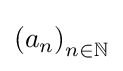
\left(a_{n}\right)_{n\in \mathbb {N} }